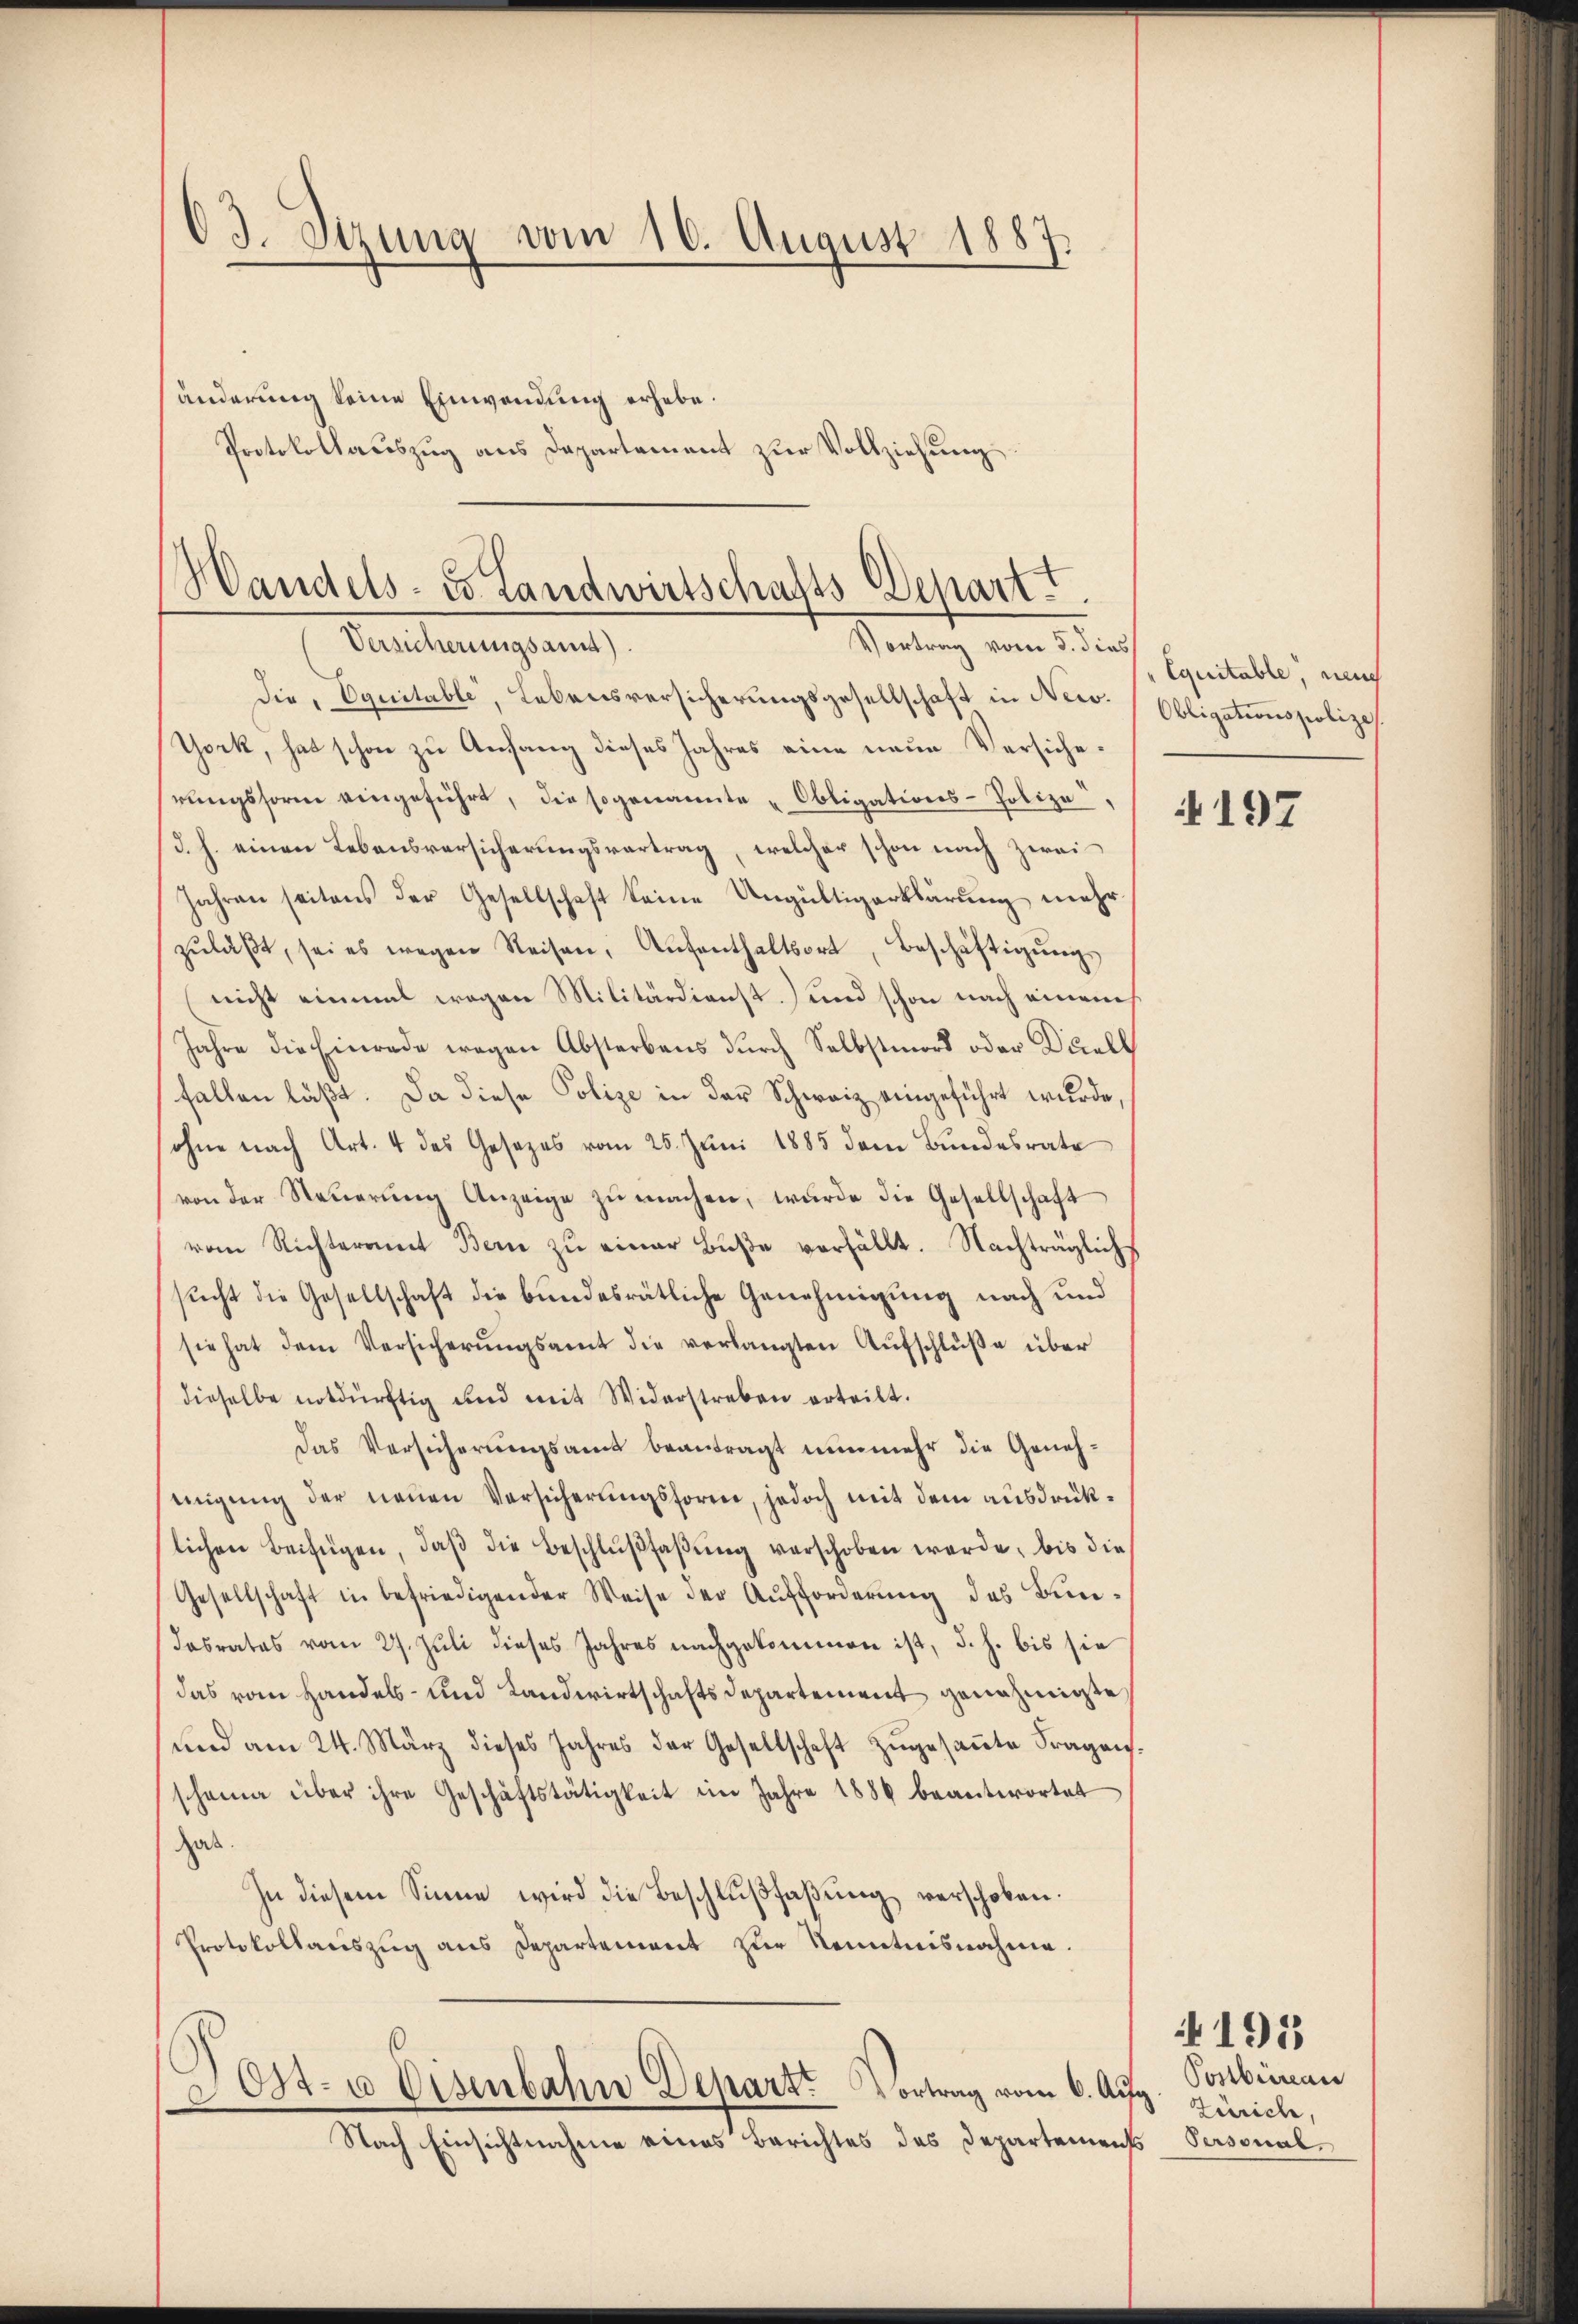
03. Sizung vom 16. August 1887.

änderung keine Einwendung erhebe.
Protokollauszug aus Departement zur Vollziehung.

Handels- u. Landwirtschafts-Depart
Versicherungsamst).
Vortrag vom 5. dies

Die, Equitabli, Lebensversicherungsgesellschaft in Niev. Obligationspolize
York, hat schon zu Anfang dieses Jahres eine neue Versicherungsform eingeführt, die sogenannte „Obligations-Polize
(d. h. einen Lebensversicherungsvertrag, welcher schon nach zwei
Jahren seitens der Gesellschaft keine Ungültigerklärŭng mehr
zŭlaβt, sei es wegen Reisen, Aŭfenthaltsort, Beschäftigŭngs
nicht einmal wegen Militärdienst) und schon nach einem
Jahre die Einrede wegen Absterbens durch Selbstmord oder Dicell
fallen läßt. Da diese Polize in der Schweiz eingeführt wurde,
ohne nach Art. 4 des Gesezes vom 25. Juni 1885 dem Bundesrate
von der Steŭerŭng Anzeige zŭ machen, wurde die Gesellschaft
vom Richteramt Bern zŭ einer Bŭβe verfällt. Nachträglich
sucht die Gesellschaft die bundesrätliche Genehmigung nach und
sie hat dem Versicherŭngsamt die verlangten Aŭfschlŭβe über
dieselbe notdürftig und mit Widerstreben erteilt.
Das Versicherungsamt beantragt nunmehr die Genehmigŭng der neŭen Versicherŭngsforme, jedoch mit dem ausdrüklichen Beifügen, daβ die Beschlŭβfaβŭng verschoben werde, bis die
Gesellschaft in befriedigender Weise der Aufforderung des Bundasrates vom 27. Juli dieses Jahres nachgekommen ist, d. h. bis sie
das vom Handels- und Landwirtschaftsdepartement genehmigte
ŭnd am 24. März dieses Jahres der Gesellschaft zŭgesaṁte Fragen.
scheine über ihre Geschäftstätigkeit im Jahre 1886 beantwortet
hab.
In diesem Sinne wird die Beschlußfaßung verschoben.
Protokollauszug aus Departement zur Kenntnisnahme.

Sost- u Eisenbahn Depart. Vortrag vom 6. Aug

Nach Einsichtnahme eines Berichtes des Departements Personal¬

Equitable neuch

4197

Posbureau
Zürich,

191